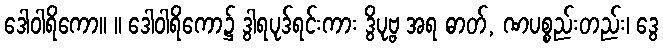
ဒေါဝါရိကော။ ။ ဒေါဝါရိကော၌ ဒွါရပုဒ်ရင်းကား ဒွိပုဗ္ဗ အရ ဓာတ်, ဏပစ္စည်းတည်း၊ ဒွေ